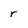
Character: r